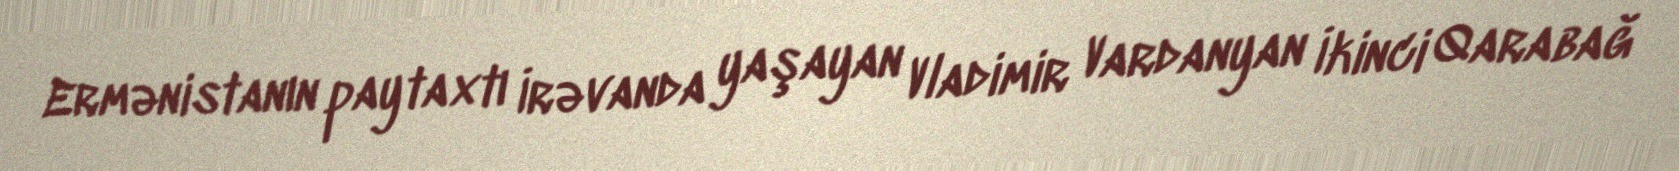
Ermənistanın paytaxtı İrəvanda yaşayan Vladimir Vardanyan İkinci Qarabağ